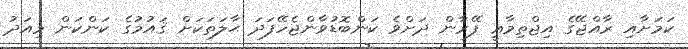
ކަމަށާއި ރާއްޖޭގެ އިޖްތިމާޢީ ފޭރާން ދަށްވެ ކަންބޮޑުވާންޖެހޭފަދަ ޙާލަތަކަށް ޤައުމުގެ ކަންކަން މިއަދު